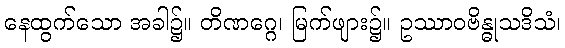
နေထွက်သော အခါ၌။ တိဏဂ္ဂေ၊ မြက်ဖျား၌။ ဥဿာဝဗိန္ဓုသဒိသံ၊